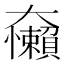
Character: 𱙀